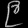
Digit: ၉